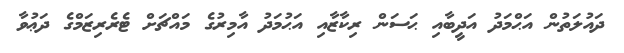
ދައުލަތުން އަޙްމަދު އަދީބާއި ޙަސަން ރިކާޒާއި އަޙުމަދު އާމިރުގެ މައްޗަށް ޓެރެރިޒަމްގެ ދަޢުވާ